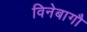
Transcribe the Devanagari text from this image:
विनेबागौ